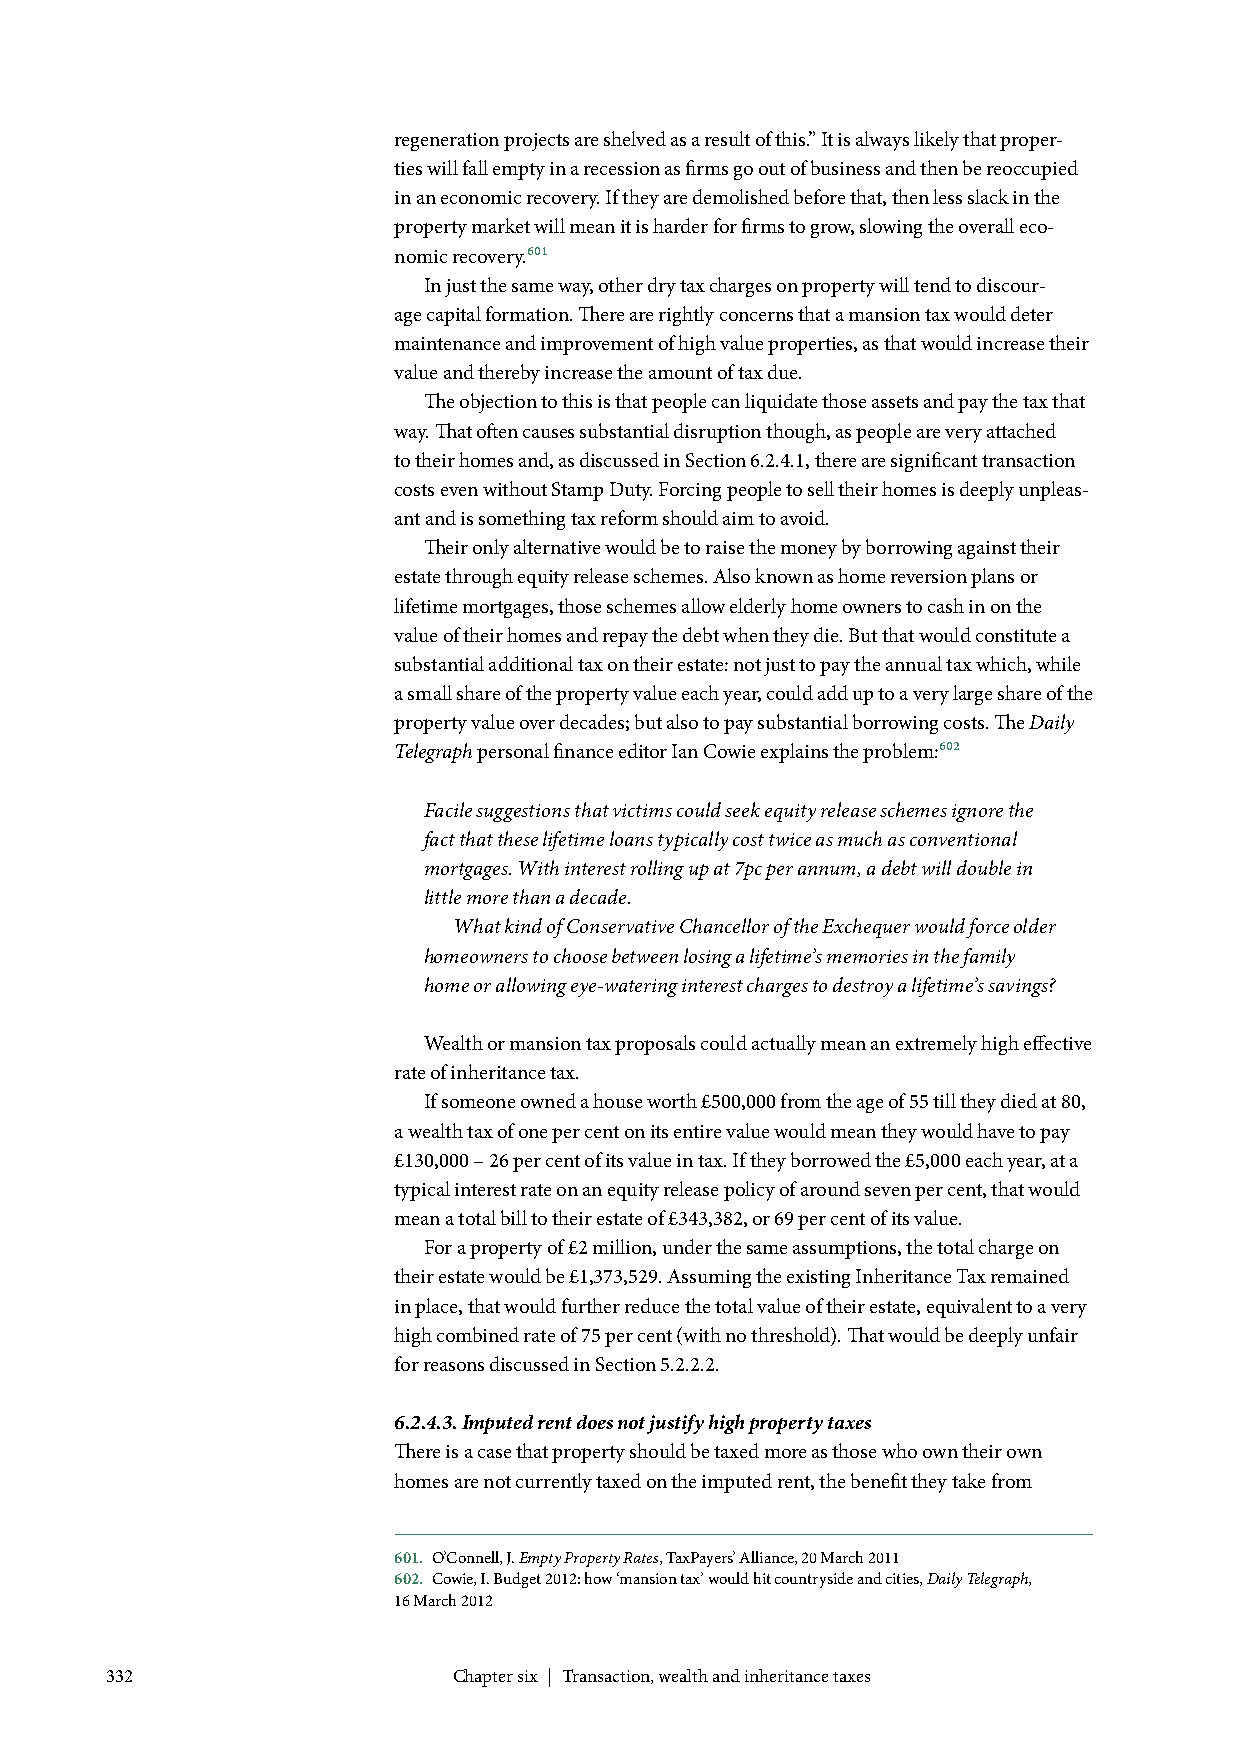
regeneration projects are shelved as a result of this.” It is always likely that proper-
 ties will fall empty in a recession as firms go out of business and then be reoccupied
 in an economic recovery. If they are demolished before that, then less slack in the
 property market will mean it is harder for firms to grow, slowing the overall eco-
 nomic recovery.601
 In just the same way, other dry tax charges on property will tend to discour-
 age capital formation. There are rightly concerns that a mansion tax would deter
 maintenance and improvement of high value properties, as that would increase their
 value and thereby increase the amount of tax due.
 The objection to this is that people can liquidate those assets and pay the tax that
 way. That often causes substantial disruption though, as people are very attached
 to their homes and, as discussed in Section 6.2.4.1, there are significant transaction
 costs even without Stamp Duty. Forcing people to sell their homes is deeply unpleas-
 ant and is something tax reform should aim to avoid.
 Their only alternative would be to raise the money by borrowing against their
 estate through equity release schemes. Also known as home reversion plans or
 lifetime mortgages, those schemes allow elderly home owners to cash in on the
 value of their homes and repay the debt when they die. But that would constitute a
 substantial additional tax on their estate: not just to pay the annual tax which, while
 a small share of the property value each year, could add up to a very large share of the
 property value over decades; but also to pay substantial borrowing costs. The Daily
 Telegraph personal finance editor Ian Cowie explains the problem:602
 Facile suggestions that victims could seek equity release schemes ignore the
 fact that these lifetime loans typically cost twice as much as conventional
 mortgages. With interest rolling up at 7pc per annum, a debt will double in
 little more than a decade.
 What kind of Conservative Chancellor of the Exchequer would force older
 homeowners to choose between losing a lifetime’s memories in the family
 home or allowing eye-watering interest charges to destroy a lifetime’s savings?
 Wealth or mansion tax proposals could actually mean an extremely high effective
 rate of inheritance tax.
 If someone owned a house worth £500,000 from the age of 55 till they died at 80,
 a wealth tax of one per cent on its entire value would mean they would have to pay
 £130,000 – 26 per cent of its value in tax. If they borrowed the £5,000 each year, at a
 typical interest rate on an equity release policy of around seven per cent, that would
 mean a total bill to their estate of £343,382, or 69 per cent of its value.
 For a property of £2 million, under the same assumptions, the total charge on
 their estate would be £1,373,529. Assuming the existing Inheritance Tax remained
 in place, that would further reduce the total value of their estate, equivalent to a very
 high combined rate of 75 per cent (with no threshold). That would be deeply unfair
 for reasons discussed in Section 5.2.2.2.
 6.2.4.3. Imputed rent does not justify high property taxes
 There is a case that property should be taxed more as those who own their own
 homes are not currently taxed on the imputed rent, the benefit they take from
 601. O’Connell, J. Empty Property Rates, TaxPayers’ Alliance, 20 March 2011
 602. Cowie, I. Budget 2012: how ‘mansion tax’ would hit countryside and cities, Daily Telegraph,
 16 March 2012
 332                    Chapter six | Transaction, wealth and inheritance taxes